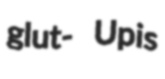
glut- Upis